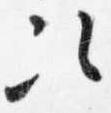
次